system: You are a helpful assistant.
user:
Analyze the provided spectrum to determine if it is a **M-type Giant (gM)**.

A M-type Giant spectrum is defined by its **strong molecular absorption** features, particularly from **Titanium Oxide (TiO)**. You must check for one of the following mutually exclusive signatures:

- **Key Visual Indicators (Absorption-Dominated Spectrum):**

    - **(Primary):** The spectrum is dominated by strong molecular absorption from **Titanium Oxide (TiO)**. This is the **defining feature** of its M-type temperature class.
        - **(Key Bandheads):** Look for sharp, "saw-tooth" absorption valleys. The strongest are located near **~7050 Å**, **~6160 Å**, and **~5170 Å**.
        - **(Line Profile):** The "saw-tooth" morphology is critical: a **sharp, steep drop on the BLUE (short-wavelength) side** of the bandhead, followed by a gradual recovery (rising flux) towards the RED (long-wavelength) side.

    - **(Key Confirmation - Giant vs. Dwarf):** **ABSENCE** of strong **Calcium Hydride (CaH)** molecular bands. This is the primary diagnostic for *excluding* M-dwarfs.
        - **(Key Region):** The spectrum should lack the strong, broad absorption band seen in dwarfs between **~6800 Å and ~7000 Å**.

    - **(Secondary Confirmation - Giant):** A very strong and broad **Neutral Calcium (Ca I)** atomic absorption line.
        - **(Key Line):** Located at **~4226 Å**. In a giant (gM), this line is significantly deeper and broader than the same line in an M-dwarf (dM) due to low surface gravity.

    - **(Overall Spectrum):**
        - The continuum is **extremely red-sloping** (i.e., flux is very low in the blue and rises dramatically towards the red).
        - The entire spectrum appears "chopped up" by the deep TiO bands.

Think first, call **spectral_visualization_tool** if needed to examine features in detail, then provide your final answer. Your response must adhere to the following strict rules:
1.  **Overall Structure:** Your response must follow the format `<think>...</think> <tool_call>...</tool_call> (if a tool is used) <answer>...</answer>`.
2.  **Tool Usage Constraint:** You may only make **one** tool call per turn.
3.  **Final Answer Format:** In the `<answer>` tag, your conclusion must be inside a `\boxed{}` command (e.g., `\boxed{YES}` or `\boxed{NO}`), followed by your justification.

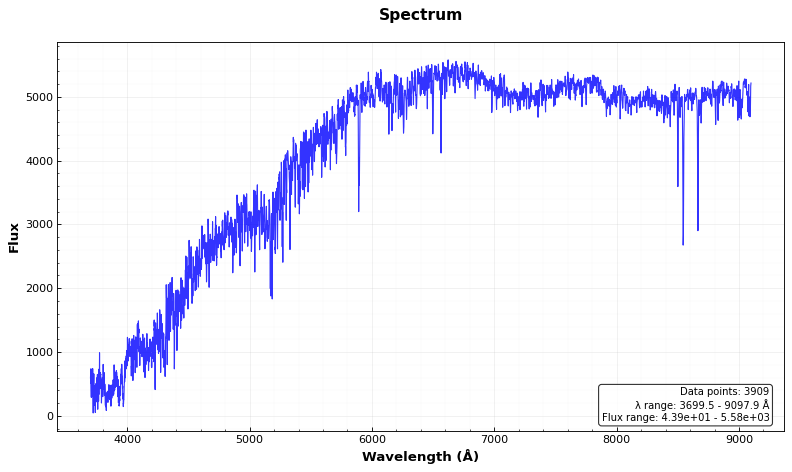
Answer: NO